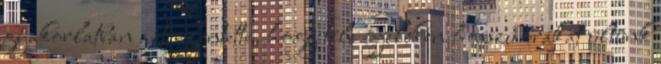
gyakorlatban azt jelentette, hogy téli éjjeleken hosszú órákat ültünk